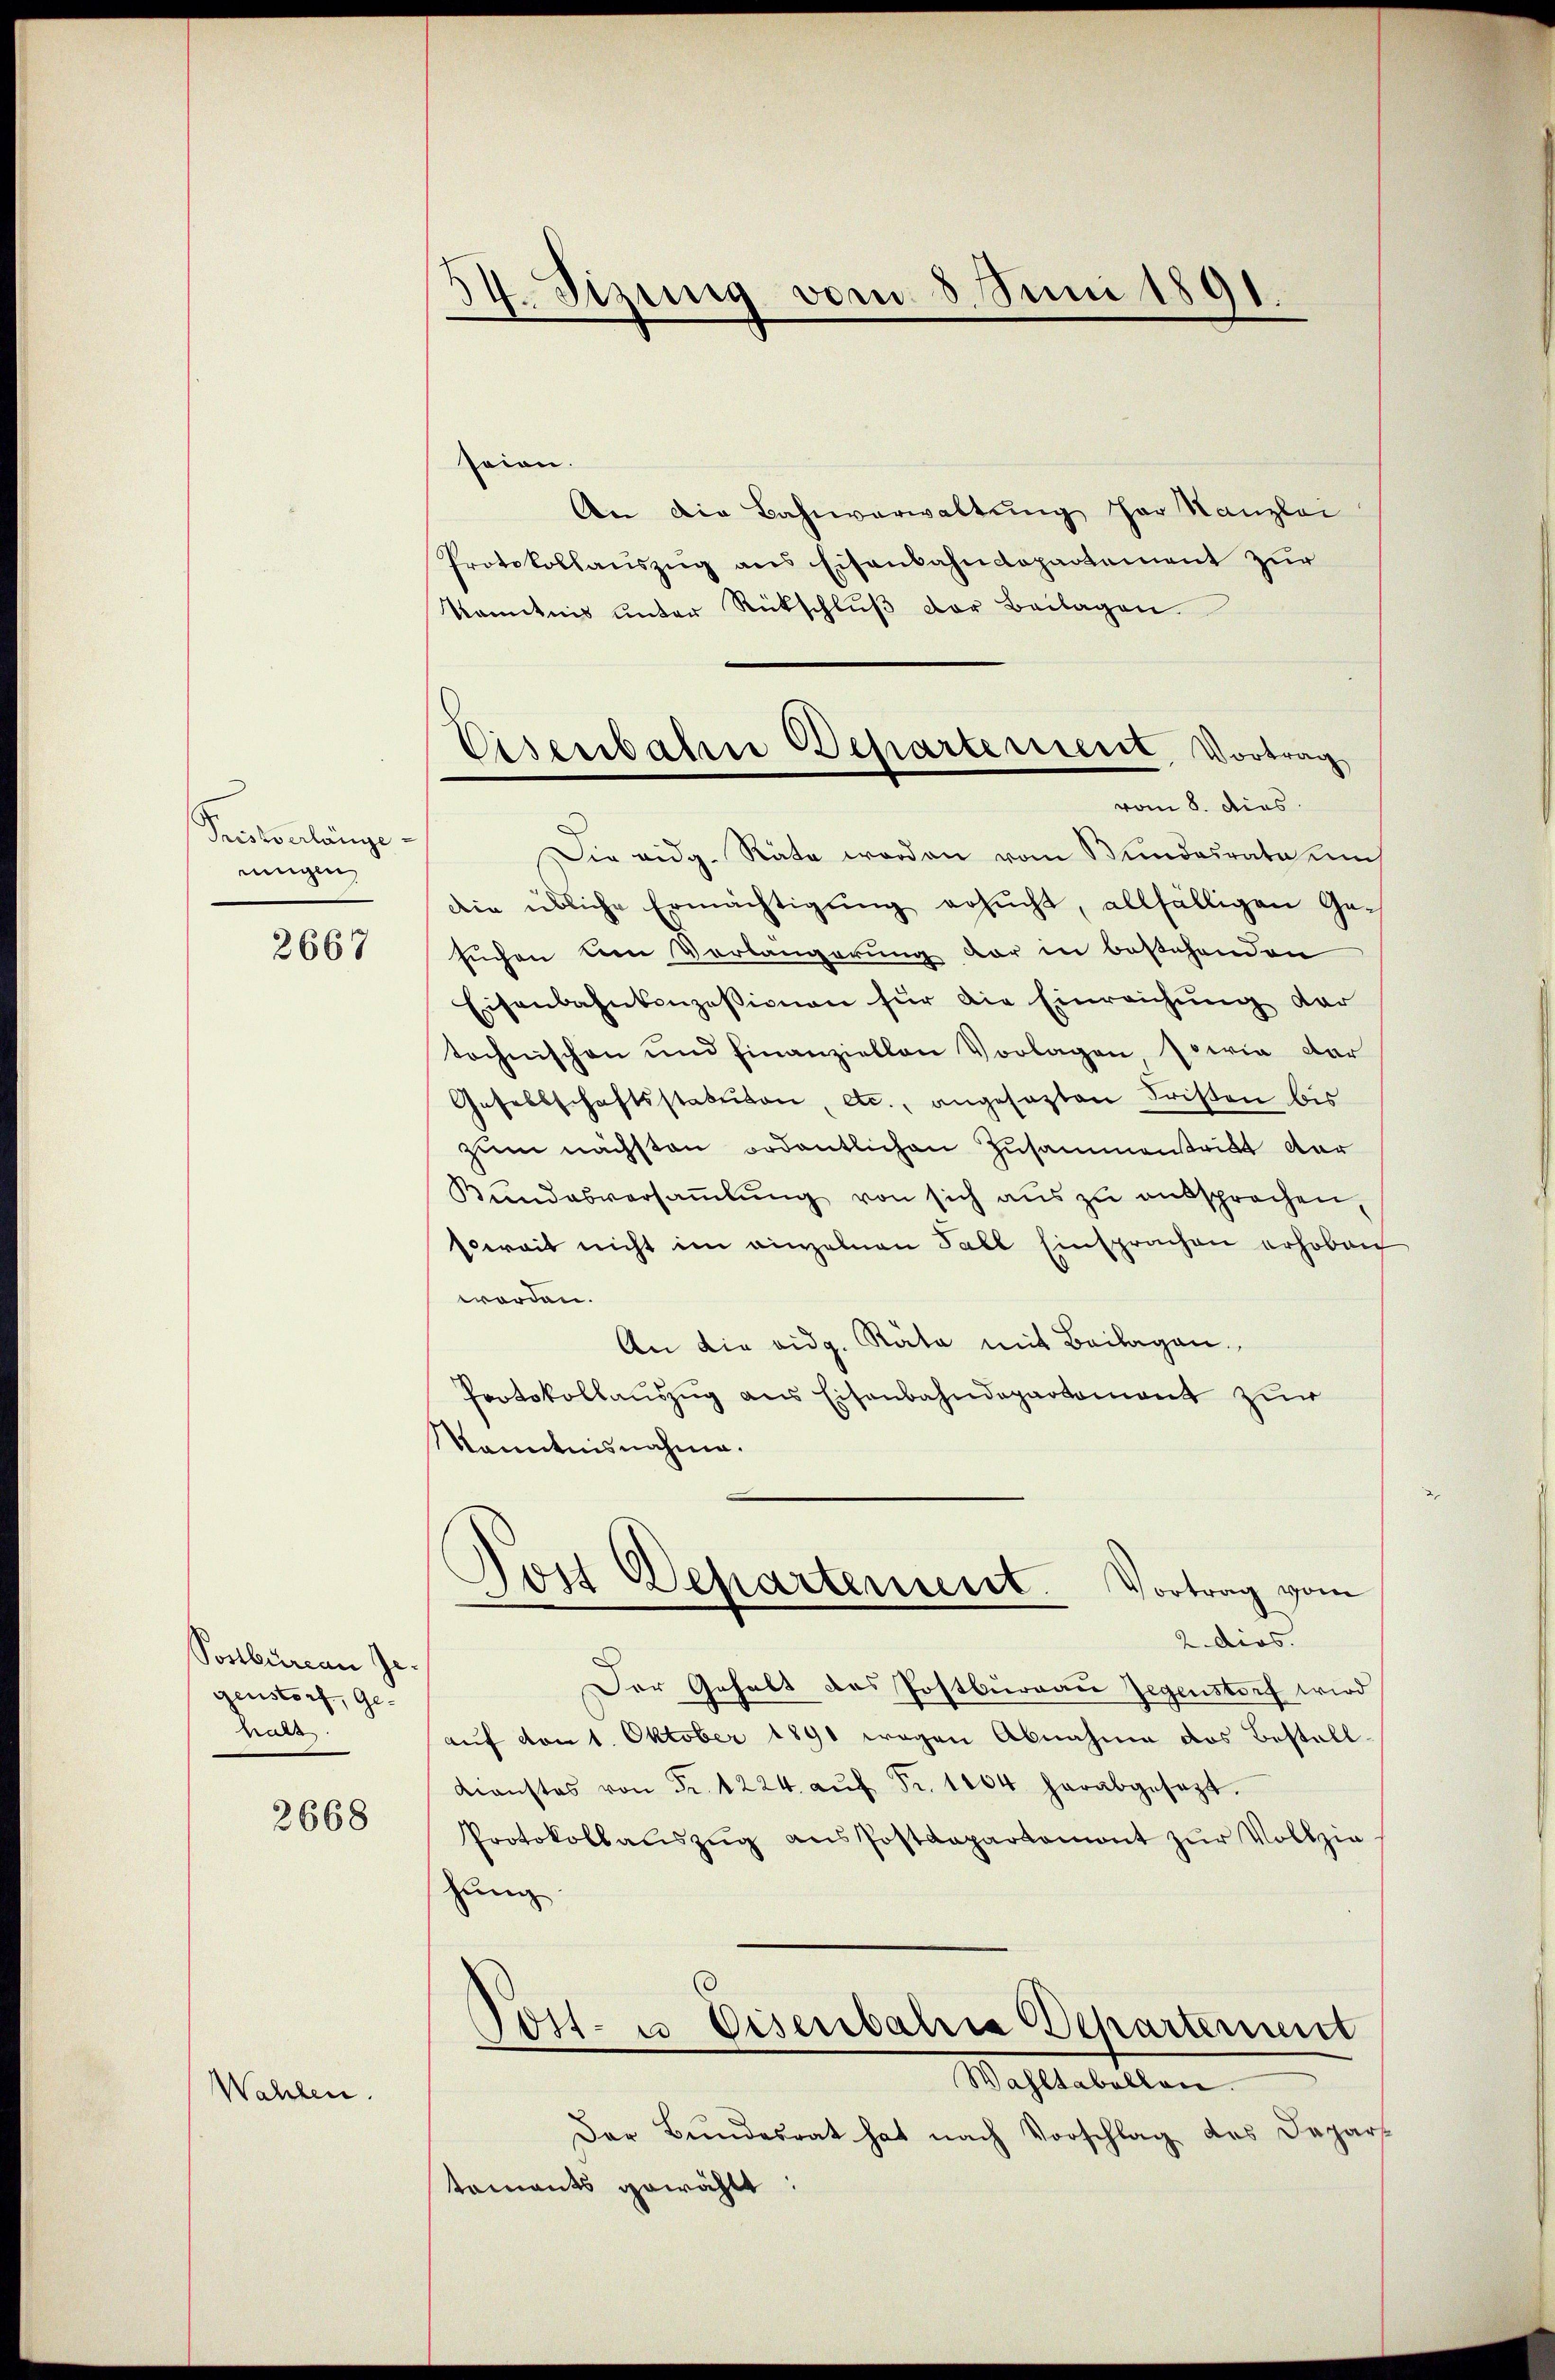
Pristverlänge
ningen,

2667

Postbureau Je
genstorf, Ge-
halt

2668

Wahlen

34. Sizung vom 5. Juni 1891.

Eisenbahne Behartement, Vortrag
vom 8. dies

seion.
An die Bahnverwaltung her Kanzlei
Protokollaŭszŭg ans Eisenbahndepartement zur
kanntnis unter Rückschluß der Beilagen
Die eidg. Räte worden vom Bundesrate uns
die übliche Ermächtigŭng ersŭcht, allfälligen Ge-
suchen den Vorlangerung der in bestehenden
Eisenbahnkonzessionen für die Einreichung der
tochnischen und finanziellen Vorlagen sowie dar
Gesellschaftsstatuten, etc., angesezten Fristen bis
zŭm nächsten ordentlichen Zusammentritt dar
Bŭndesversaṁlŭng von sich aus zu entsprochen,
soweit nicht im einzelnen Fall Einsprachen erhoben
worden.
An die eidg. Räte mit Beilagen.
Protokollauszug aus Eisenbahndepartement zur
Kanntnisnahme.
Jost Departement. Vortrag vom
2 dies.
Der Gehalt des Postburgau Gegenstorf wird
auf von 1. Oktober 1891 wegen Abnahme das Bestell.
Dienstes von Fr. 1224 aŭf Fr. 1864 herabgesezt.
Protokollaŭszŭg ans Postdepartamont zŭr Vollzie-
hung.
Post- u. Eisenbahria Departement
Wahltabellen.
Der Bundesrat hat nach Vorschlag des Departaments gewählt